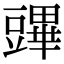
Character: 𧰆